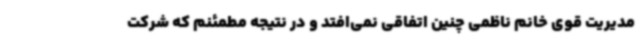
مدیریت قوی خانم ناظمی چنین اتفاقی نمی‌افتد و در نتیجه مطمئنم که شرکت